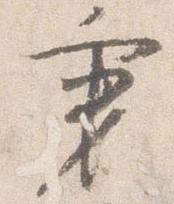
秉